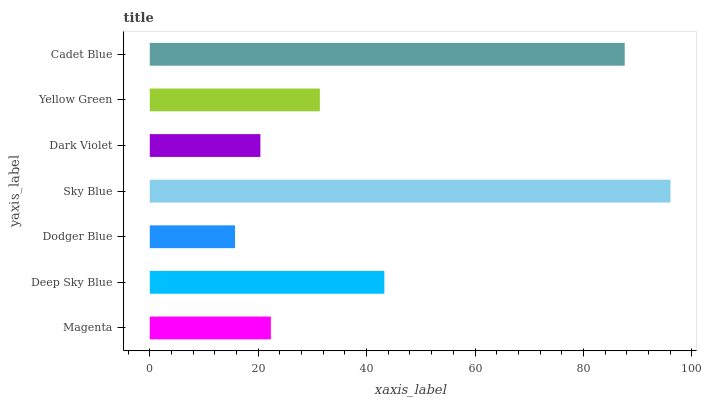
| yaxis_label | bars |
 | --- | --- |
 | Magenta | 22.3 |
 | Deep Sky Blue | 43.3 |
 | Dodger Blue | 15.7 |
 | Sky Blue | 96 |
 | Dark Violet | 20.4 |
 | Yellow Green | 31.4 |
 | Cadet Blue | 87.6 |